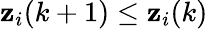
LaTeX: \mathbf{z}_{i}(k+1)\leq\mathbf{z}_{i}(k)